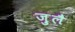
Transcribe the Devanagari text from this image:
ज़ुलै